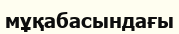
мұқабасындағы